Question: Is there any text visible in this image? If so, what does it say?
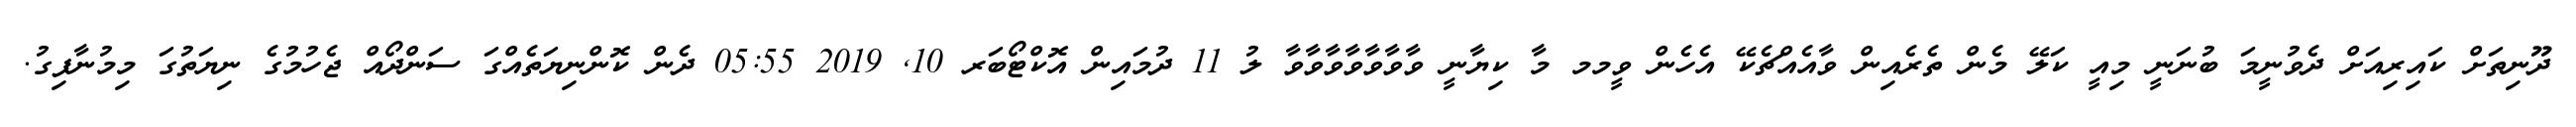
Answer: ދޫނިތަށް ކައިރިއަށް ދެވުނީމަ ބުނަނީ މިއީ ކަލޭ މެން ތެރެއިން ވާއެއްޗެކޭ އެހެން ވީމމ މާ ކިޔާނީ ވާވާވާވާވާވާވާ ލު 11 ދުމައިން އޮކްޓޯބަރ 10, 2019 05:55 ދެން ކޮންނިޔަތެއްގަ ސަންދޯއް ޖެހުމުގެ ނިޔަތުގަ މިމުނާފިގު.